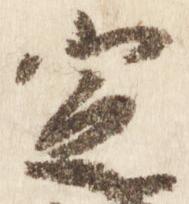
定